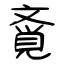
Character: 斍